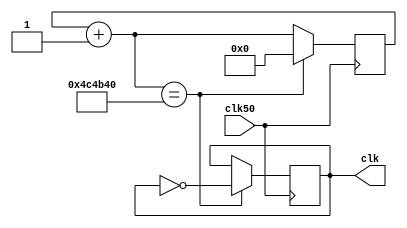
module clockconverter(input clk50,output reg clk);
reg[31:0]count;

initial 
begin
 count=32'd0;
 clk=0;
end

always @(posedge clk50)
begin
	count=count+1;
	if(count==32'd5000000) 
	begin
		clk=~clk;
		count=32'd0;
	end
end
endmodule